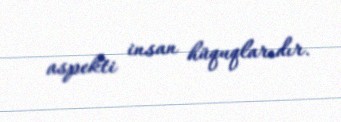
aspekti insan hüquqlarıdır.